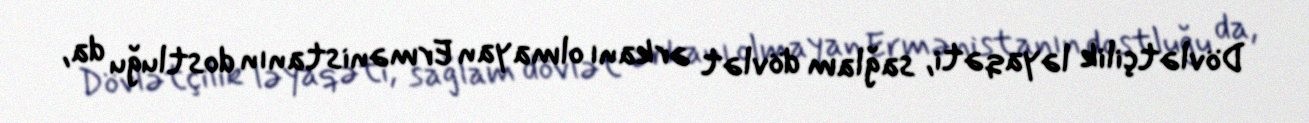
Dövlətçilik ləyaqəti, sağlam dövlət ərkanı olmayan Ermənistanın dostluğu da,